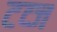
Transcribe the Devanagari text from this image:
टव्ज